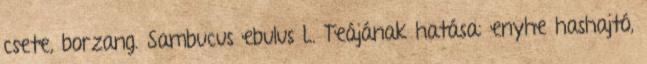
csete, borzang. Sambucus ebulus L. Teájának hatása: enyhe hashajtó,